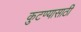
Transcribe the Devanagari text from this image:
कुटण्यासाठी